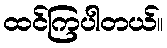
ထင်ကြပါတယ်။